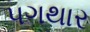
પગથાર